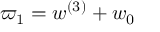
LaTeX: \varpi _ { 1 } = w ^ { ( 3 ) } + w _ { 0 }